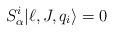
LaTeX: \begin{align*} S^i_\alpha|\ell, J, q_i\rangle = 0\end{align*}